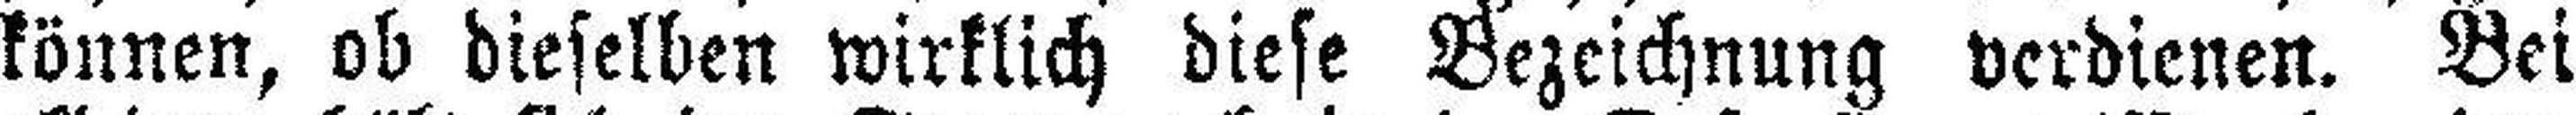
können, ob dieselben wirklich diese Bezeichnung verdienen. Bei